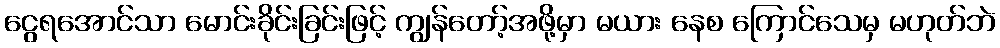
ငွေရအောင်သာ မောင်းခိုင်းခြင်းဖြင့် ကျွန်တော့်အဖို့မှာ မယား နေစ ကြောင်သေမှ မဟုတ်ဘဲ